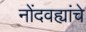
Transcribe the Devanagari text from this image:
नोंदवह्यांचे